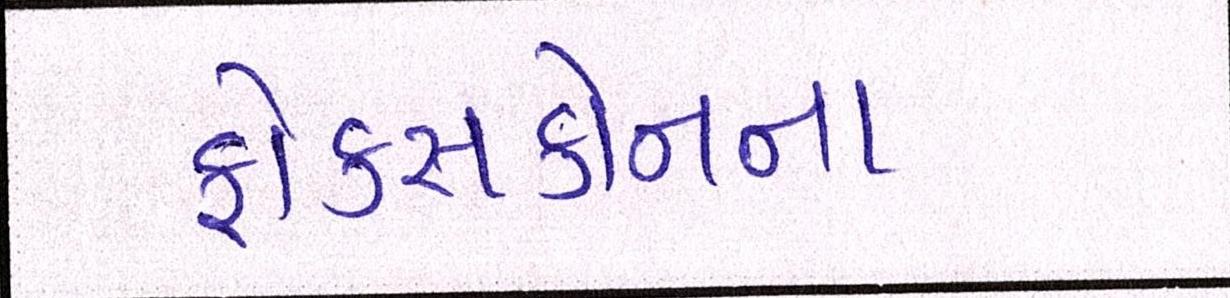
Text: ફોક્સકોનના